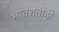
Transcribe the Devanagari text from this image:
भातशेतीही